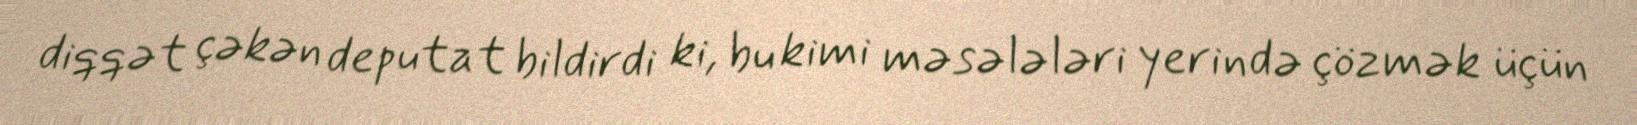
diqqət çəkən deputat bildirdi ki, bu kimi məsələləri yerində çözmək üçün